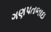
ગણપતભાઇ